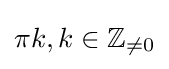
\pi k,k\in \mathbb {Z} _{\neq 0}